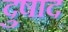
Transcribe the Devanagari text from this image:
दुषाद